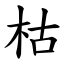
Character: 枯